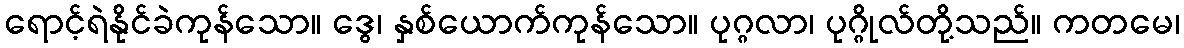
ရောင့်ရဲနိုင်ခဲကုန်သော။ ဒွေ၊ နှစ်ယောက်ကုန်သော။ ပုဂ္ဂလာ၊ ပုဂ္ဂိုလ်တို့သည်။ ကတမေ၊